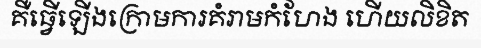
គឺធ្វើឡើងក្រោមការគំរាមកំហែង ហើយលិខិត